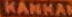
KANKAN